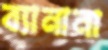
ব্যানানা